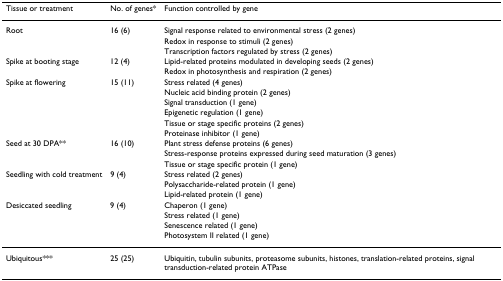
<table><thead><tr><td><b>Tissue or treatment</b></td><td><b>No. of genes*</b></td><td><b>Function controlled by gene</b></td></tr></thead><tbody><tr><td>Root</td><td>16 (6)</td><td>Signal response related to environmental stress (2 genes)</td></tr><tr><td></td><td></td><td>Redox in response to stimuli (2 genes)</td></tr><tr><td></td><td></td><td>Transcription factors regulated by stress (2 genes)</td></tr><tr><td>Spike at booting stage</td><td>12 (4)</td><td>Lipid-related proteins modulated in developing seeds (2 genes)</td></tr><tr><td></td><td></td><td>Redox in photosynthesis and respiration (2 genes)</td></tr><tr><td>Spike at flowering</td><td>15 (11)</td><td>Stress related (4 genes)</td></tr><tr><td></td><td></td><td>Nucleic acid binding protein (2 genes)</td></tr><tr><td></td><td></td><td>Signal transduction (1 gene)</td></tr><tr><td></td><td></td><td>Epigenetic regulation (1 gene)</td></tr><tr><td></td><td></td><td>Tissue or stage specific proteins (2 genes)</td></tr><tr><td></td><td></td><td>Proteinase inhibitor (1 gene)</td></tr><tr><td>Seed at 30 DPA**</td><td>16 (10)</td><td>Plant stress defense proteins (6 genes)</td></tr><tr><td></td><td></td><td>Stress-response proteins expressed during seed maturation (3 genes)</td></tr><tr><td></td><td></td><td>Tissue or stage specific protein (1 gene)</td></tr><tr><td>Seedling with cold treatment</td><td>9 (4)</td><td>Stress related (2 genes)</td></tr><tr><td></td><td></td><td>Polysaccharide-related protein (1 gene)</td></tr><tr><td></td><td></td><td>Lipid-related protein (1 gene)</td></tr><tr><td>Desiccated seedling</td><td>9 (4)</td><td>Chaperon (1 gene)</td></tr><tr><td></td><td></td><td>Stress related (1 gene)</td></tr><tr><td></td><td></td><td>Senescence related (1 gene)</td></tr><tr><td></td><td></td><td>Photosystem II related (1 gene)</td></tr><tr><td>Ubiquitous***</td><td>25 (25)</td><td>Ubiquitin, tubulin subunits, proteasome subunits, histones, translation-related proteins, signal transduction-related protein ATPase</td></tr></tbody></table>